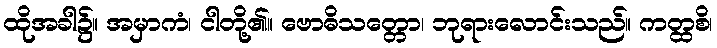
ထိုအခါ၌။ အမှာကံ၊ ငါတို့၏။ ဗောဓိသတ္တော၊ ဘုရားလောင်းသည်။ ကတ္ထစိ၊